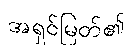
အရှင်မြတ်၏